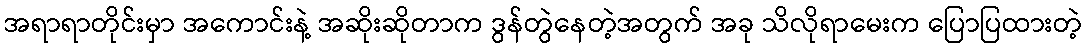
အရာရာတိုင်းမှာ အကောင်းနဲ့ အဆိုးဆိုတာက ဒွန်တွဲနေတဲ့အတွက် အခု သိလိုရာမေးက ပြောပြထားတဲ့